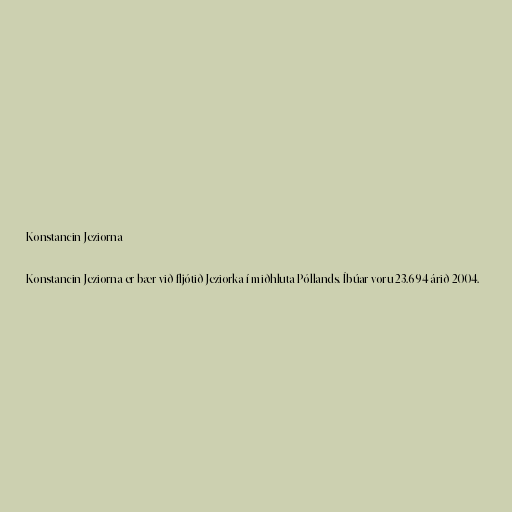
Konstancin-Jeziorna

Konstancin-Jeziorna er bær við fljótið Jeziorka í miðhluta Póllands. Íbúar voru 23.694 árið 2004.